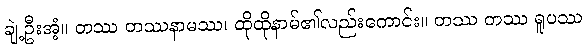
ချဲ့ဦးအံ့။ တဿ တဿနာမဿ၊ ထိုထိုနာမ်၏လည်းကောင်း။ တဿ တဿ ရူပဿ